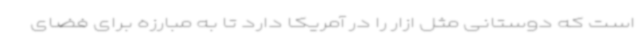
است که دوستانی مثل ازار را در آمریکا دارد تا به مبارزه برای فضای